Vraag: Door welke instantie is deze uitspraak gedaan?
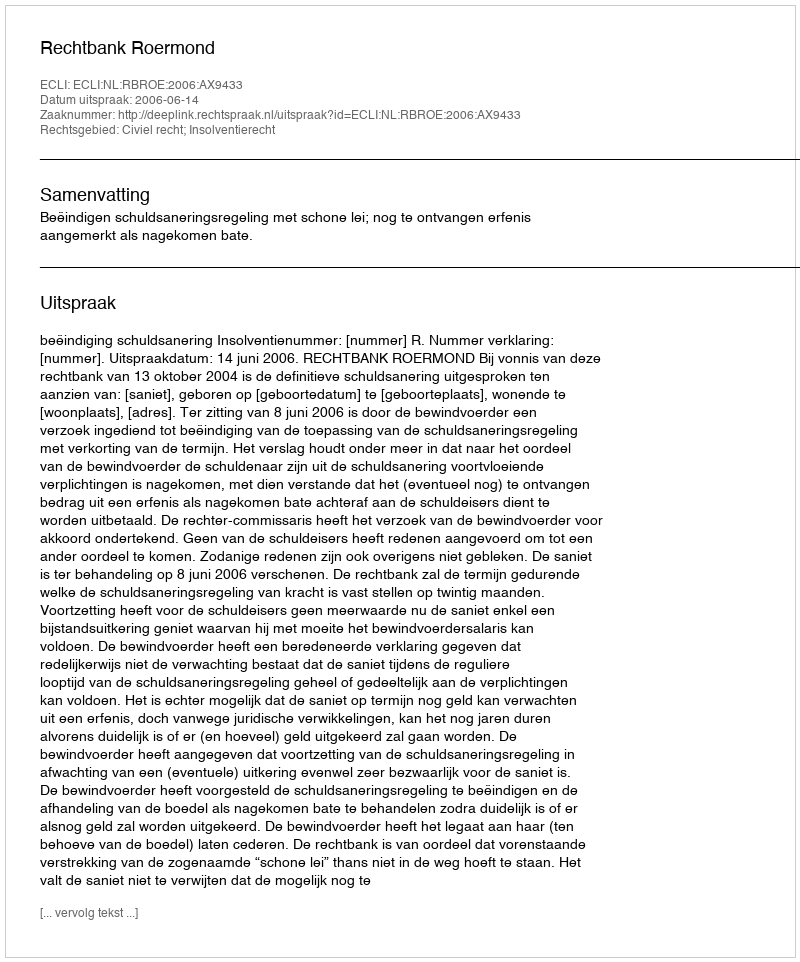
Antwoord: Rechtbank Roermond